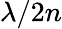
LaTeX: \lambda/2n